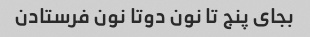
بجای پنج تا نون دوتا نون فرستادن